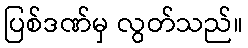
ပြစ်ဒဏ်မှ လွတ်သည်။